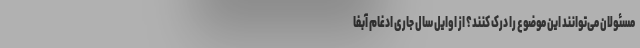
مسئولان می‌توانند این موضوع را درک کنند؟ از اوایل سال جاری ادغام آبفا